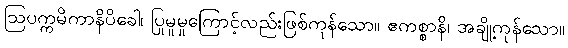
ဩပက္ကမိကာနိပိခေါ၊ ပြုမူမှုကြောင့်လည်းဖြစ်ကုန်သော။ ဧကစ္စာနိ၊ အချို့ကုန်သော။